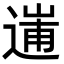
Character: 𨔲